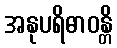
အနုပရိဓာဝန္တိ